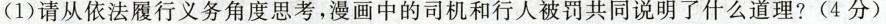
（1）请从依法履行义务角度思考，漫画中的司机和行人被罚共同说明了什么道理?(4分)